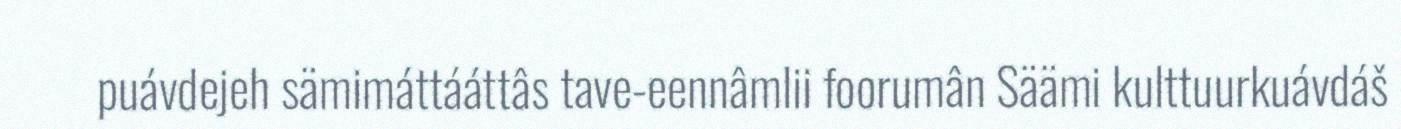
puávdejeh sämimáttááttâs tave-eennâmlii foorumân Säämi kulttuurkuávdáš